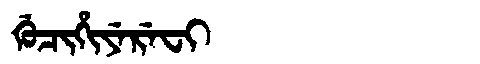
Manchu: ᡤᡠᠴᡳᡥᡳᠶᡝᡵᡝᠸᡳ
Romanization: GUCIHIYEREFI